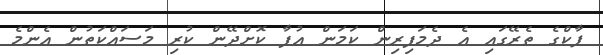
ޕާކްގެ ތެރޭގައި އެ ދެމަފިރިން ކަމަން އުފާ ކޮށްދޭން ކުރި މަސައްކަތުން އެންމެ